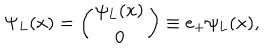
\Psi _ { L } ( x ) = \left( \begin{matrix} { { \psi _ { L } ( x ) } } \\ { { 0 } } \\ \end{matrix} \right) \equiv e _ { + } \psi _ { L } ( x ) ,